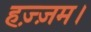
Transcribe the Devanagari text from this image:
हज़्ज़म।